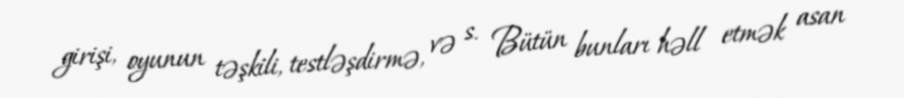
girişi, oyunun təşkili, testləşdirmə, və s. Bütün bunları həll etmək asan